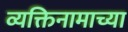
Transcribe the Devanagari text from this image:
व्यक्तिनामाच्या